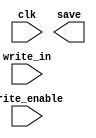
module F_node (clk, write_in, write_enable, save);

        input clk, write_enable;
        input [15:0] write_in;
        output reg [15:0] save;


        always @(posedge clk)
        begin
            if (write_enable)
                begin
                        out <= write_in;
                end
        end
endmodule